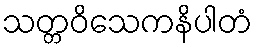
သတ္တဝိသေကနိပါတံ